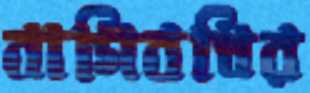
বাগিবধির